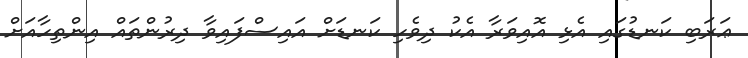
ޢަރަބި ކަނޑުގައި އެޅި އޮއިވަރާ އެކު ދިވެހި ކަނޑަށް އައިސްފައިވާ ދިރުންތައް އިންތިހާއަށް